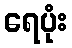
ရေပုံး